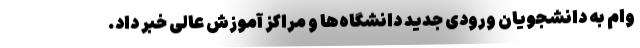
وام به دانشجویان ورودی جدید دانشگاه‌ها و مراکز آموزش عالی خبر داد.